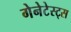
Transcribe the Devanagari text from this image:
गेनेटेस्ट्स